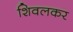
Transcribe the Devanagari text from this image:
शिवलकर